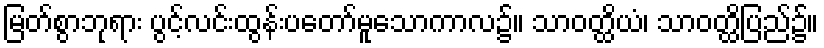
မြတ်စွာဘုရား ပွင့်လင်းထွန်းပတော်မူသောကာလ၌။ သာဝတ္ထိယံ၊ သာဝတ္ထိပြည်၌။